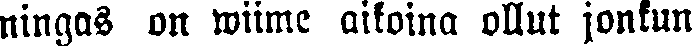
ningas on wiime aikoina ollut jonkun